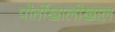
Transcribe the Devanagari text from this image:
पोर्तोखालोखाल